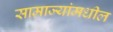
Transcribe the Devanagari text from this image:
साम्राज्यांमधील